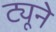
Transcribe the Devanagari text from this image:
ट्यूने